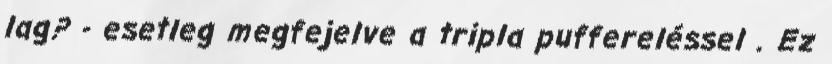
lag? - esetleg megfejelve a tripla puffereléssel . Ez